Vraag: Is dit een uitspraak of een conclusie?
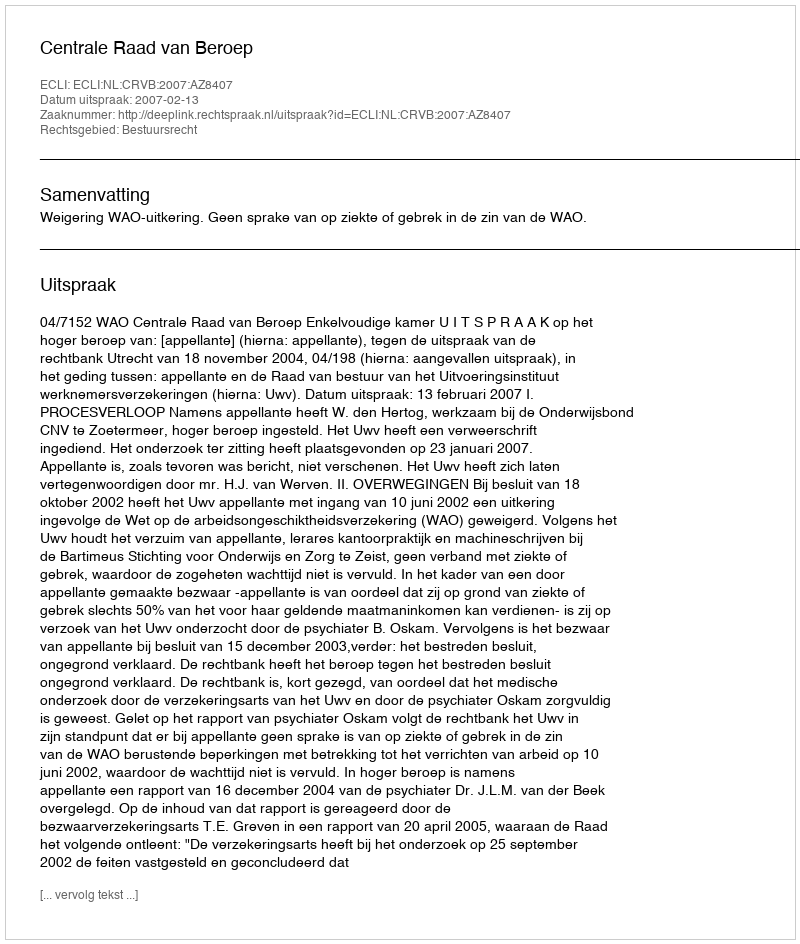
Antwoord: Uitspraak